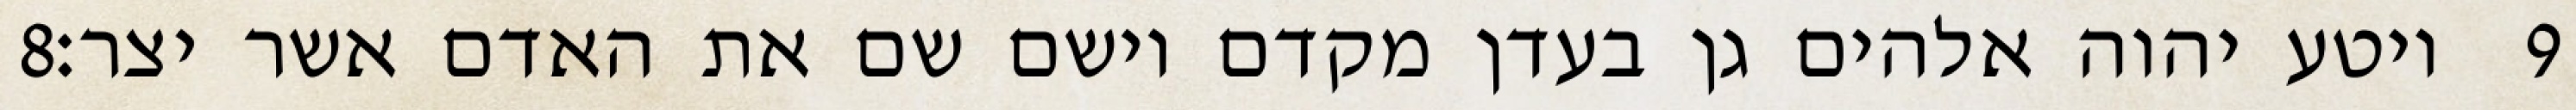
‎8‏ ויטע יהוה אלהים גן בעדן מקדם וישם שם את האדם אשר יצר׃ ‎9‏